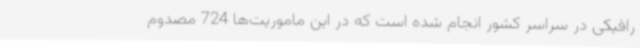
رافیکی در سراسر کشور انجام شده است که در این ماموریت‌ها 724 مصدوم